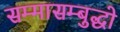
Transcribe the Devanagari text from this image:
सम्मासम्बुद्धो